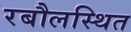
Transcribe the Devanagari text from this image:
रबौलस्थित